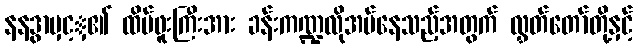
နနဒွာမှင့ှ၏ ထိပ်ဖူးကြီးအား ခန်းကဏ္ဍလိုအပ်နေသည့်အတွက် လွှတ်တော်တို့နှင့်